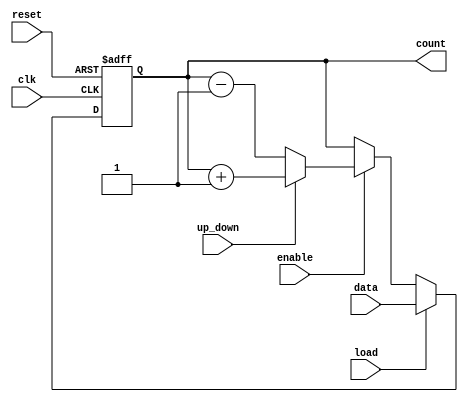
module synchronous_load_counter (
    input wire clk,          // Clock signal
    input wire reset,        // Asynchronous reset signal
    input wire load,         // Load signal
    input wire [N-1:0] data, // Data input for loading a value
    input wire enable,       // Count enable signal
    input wire up_down,      // Direction control (1 for up, 0 for down)
    output reg [N-1:0] count // Current count value
);
    parameter N = 8; // Width of the counter (adjust as needed)

    // Asynchronous reset and synchronous operations
    always @(posedge clk or posedge reset) begin
        if (reset) begin
            count <= 0; // Reset the counter to 0
        end else if (load) begin
            count <= data; // Load the data value into the counter
        end else if (enable) begin
            if (up_down) begin
                count <= count + 1; // Increment the counter
            end else begin
                count <= count - 1; // Decrement the counter
            end
        end
    end
endmodule